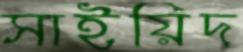
সাইয়িদ